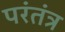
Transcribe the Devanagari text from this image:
परंतंत्र